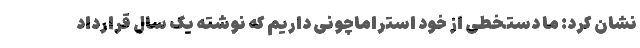
نشان کرد: ما دستخطی از خود استراماچونی داریم که نوشته یک سال قرارداد